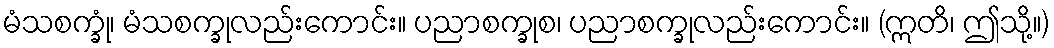
မံသစက္ခုံ၊ မံသစက္ခုလည်းကောင်း။ ပညာစက္ခုစ၊ ပညာစက္ခုလည်းကောင်း။ (ဣတိ၊ ဤသို့။)